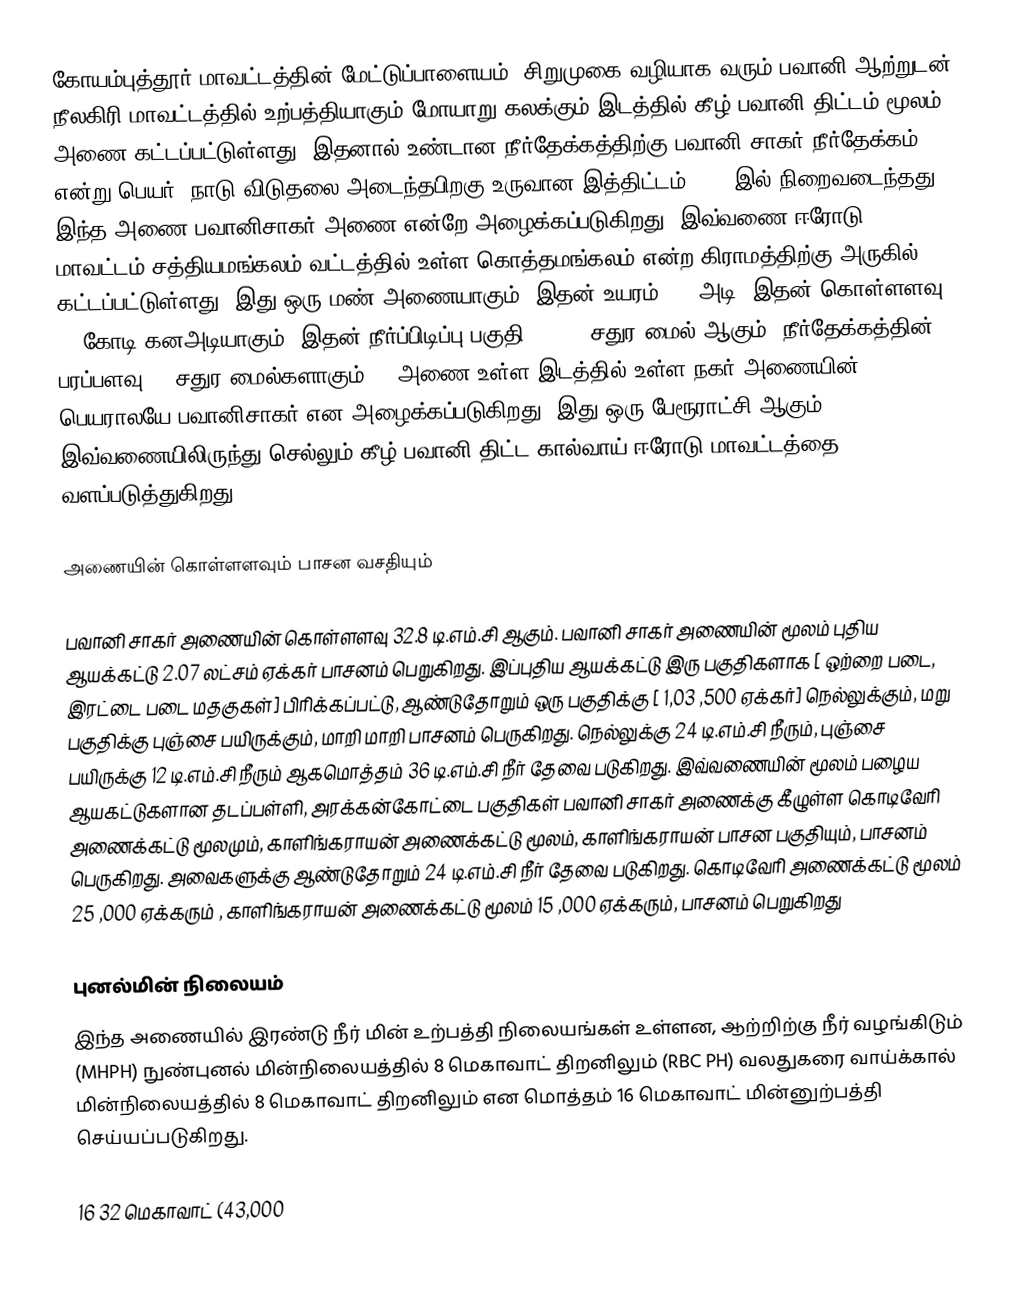
கோயம்புத்தூர் மாவட்டத்தின் மேட்டுப்பாளையம், சிறுமுகை வழியாக வரும் பவானி ஆற்றுடன் நீலகிரி மாவட்டத்தில் உற்பத்தியாகும் மோயாறு கலக்கும் இடத்தில் கீழ் பவானி திட்டம் மூலம் அணை கட்டப்பட்டுள்ளது. இதனால் உண்டான நீர்தேக்கத்திற்கு பவானி சாகர் நீர்தேக்கம் என்று பெயர். நாடு விடுதலை அடைந்தபிறகு உருவான இத்திட்டம் 1956 இல் நிறைவடைந்தது. இந்த அணை பவானிசாகர் அணை என்றே அழைக்கப்படுகிறது. இவ்வணை ஈரோடு மாவட்டம் சத்தியமங்கலம் வட்டத்தில் உள்ள கொத்தமங்கலம் என்ற கிராமத்திற்கு அருகில் கட்டப்பட்டுள்ளது. இது ஒரு மண் அணையாகும். இதன் உயரம் 105 அடி, இதன் கொள்ளளவு 33 கோடி கனஅடியாகும். இதன் நீர்ப்பிடிப்பு பகுதி 1621.5 சதுர மைல் ஆகும். நீர்தேக்கத்தின் பரப்பளவு 30 சதுர மைல்களாகும். . அணை உள்ள இடத்தில் உள்ள நகர் அணையின் பெயராலயே பவானிசாகர் என அழைக்கப்படுகிறது, இது ஒரு பேரூராட்சி ஆகும். இவ்வணையிலிருந்து செல்லும் கீழ் பவானி திட்ட கால்வாய் ஈரோடு மாவட்டத்தை வளப்படுத்துகிறது.

அணையின் கொள்ளளவும் பாசன வசதியும்

பவானி சாகர் அணையின் கொள்ளளவு 32.8 டி.எம்.சி ஆகும். பவானி சாகர் அணையின் மூலம் புதிய ஆயக்கட்டு 2.07 லட்சம் ஏக்கர் பாசனம் பெறுகிறது. இப்புதிய ஆயக்கட்டு இரு பகுதிகளாக [ ஒற்றை படை, இரட்டை படை மதகுகள்] பிரிக்கப்பட்டு, ஆண்டுதோறும் ஒரு பகுதிக்கு [ 1,03 ,500 ஏக்கர்] நெல்லுக்கும், மறு பகுதிக்கு புஞ்சை பயிருக்கும், மாறி மாறி பாசனம் பெருகிறது. நெல்லுக்கு 24 டி.எம்.சி நீரும், புஞ்சை பயிருக்கு 12 டி.எம்.சி நீரும் ஆகமொத்தம் 36 டி.எம்.சி நீர் தேவை படுகிறது. இவ்வணையின் மூலம் பழைய ஆயகட்டுகளான தடப்பள்ளி, அரக்கன்கோட்டை பகுதிகள் பவானி சாகர் அணைக்கு கீழுள்ள கொடிவேரி அணைக்கட்டு மூலமும், காளிங்கராயன் அணைக்கட்டு மூலம், காளிங்கராயன் பாசன பகுதியும், பாசனம் பெருகிறது. அவைகளுக்கு ஆண்டுதோறும் 24 டி.எம்.சி நீர் தேவை படுகிறது. கொடிவேரி அணைக்கட்டு மூலம் 25 ,000 ஏக்கரும் , காளிங்கராயன் அணைக்கட்டு மூலம் 15 ,000 ஏக்கரும், பாசனம் பெறுகிறது

புனல்மின் நிலையம்
இந்த அணையில் இரண்டு நீர் மின் உற்பத்தி நிலையங்கள் உள்ளன,  ஆற்றிற்கு நீர் வழங்கிடும் (MHPH) நுண்புனல் மின்நிலையத்தில் 8 மெகாவாட் திறனிலும் (RBC PH) வலதுகரை வாய்க்கால் மின்நிலையத்தில் 8 மெகாவாட் திறனிலும் என மொத்தம் 16 மெகாவாட் மின்னுற்பத்தி செய்யப்படுகிறது.

16 32 மெகாவாட் (43,000